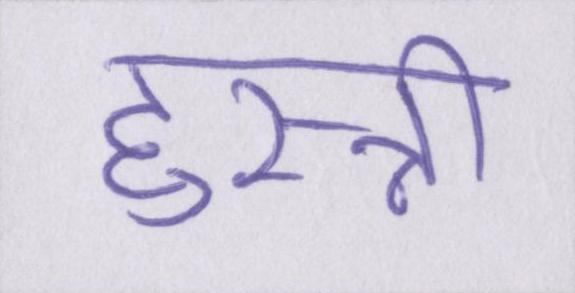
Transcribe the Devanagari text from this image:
हुस्नी